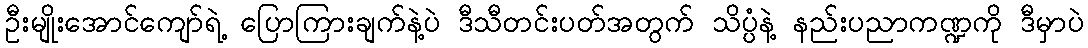
ဦးမျိုးအောင်ကျော်ရဲ့ ပြောကြားချက်နဲ့ပဲ ဒီသီတင်းပတ်အတွက် သိပ္ပံနဲ့ နည်းပညာကဏ္ဍကို ဒီမှာပဲ